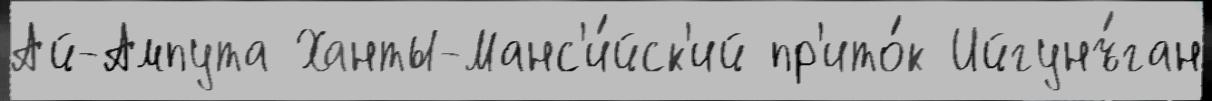
Ай-Ампута Ханты-Манс'и́йск'ий пр'ито́к Ийгунъ́ган